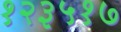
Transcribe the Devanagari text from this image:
१२३५१७